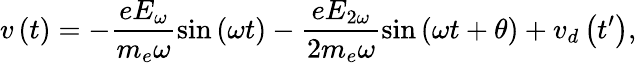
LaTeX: v\left(t\right)=-\frac{eE_{\omega}}{m_{e}\omega}\sin\left(\omega t\right)-\frac{eE_{2\omega}}{2m_{e}\omega}\sin\left(\omega t+\theta\right)+v_{d}\left(t^{\prime}\right),